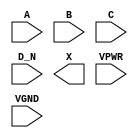
module sky130_fd_sc_hs__or4b (
    //# {{data|Data Signals}}
    input  A   ,
    input  B   ,
    input  C   ,
    input  D_N ,
    output X   ,

    //# {{power|Power}}
    input  VPWR,
    input  VGND
);
endmodule